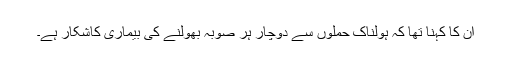
ان کا کہنا تھا کہ ہولناک حملوں سے دوچار ہر صوبہ بھولنے کی بیماری کاشکار ہے۔